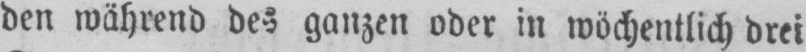
den während des ganzen oder in wöchentlich drei